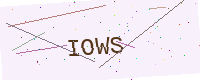
Text: IOWS